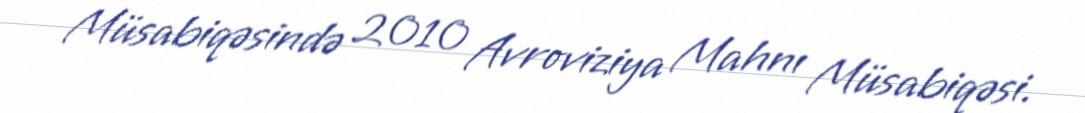
Müsabiqəsində 2010 Avroviziya Mahnı Müsabiqəsi.